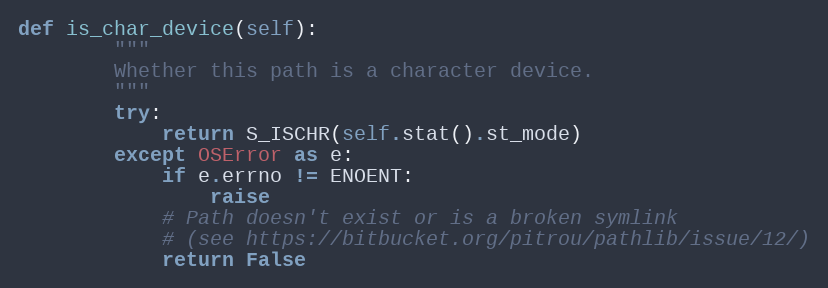
Language: Python
def is_char_device(self):
        """
        Whether this path is a character device.
        """
        try:
            return S_ISCHR(self.stat().st_mode)
        except OSError as e:
            if e.errno != ENOENT:
                raise
            # Path doesn't exist or is a broken symlink
            # (see https://bitbucket.org/pitrou/pathlib/issue/12/)
            return False